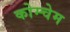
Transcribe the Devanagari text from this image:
कोम्चेम